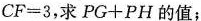
$$C F = 3$$，求$$P G + P H$$的值；